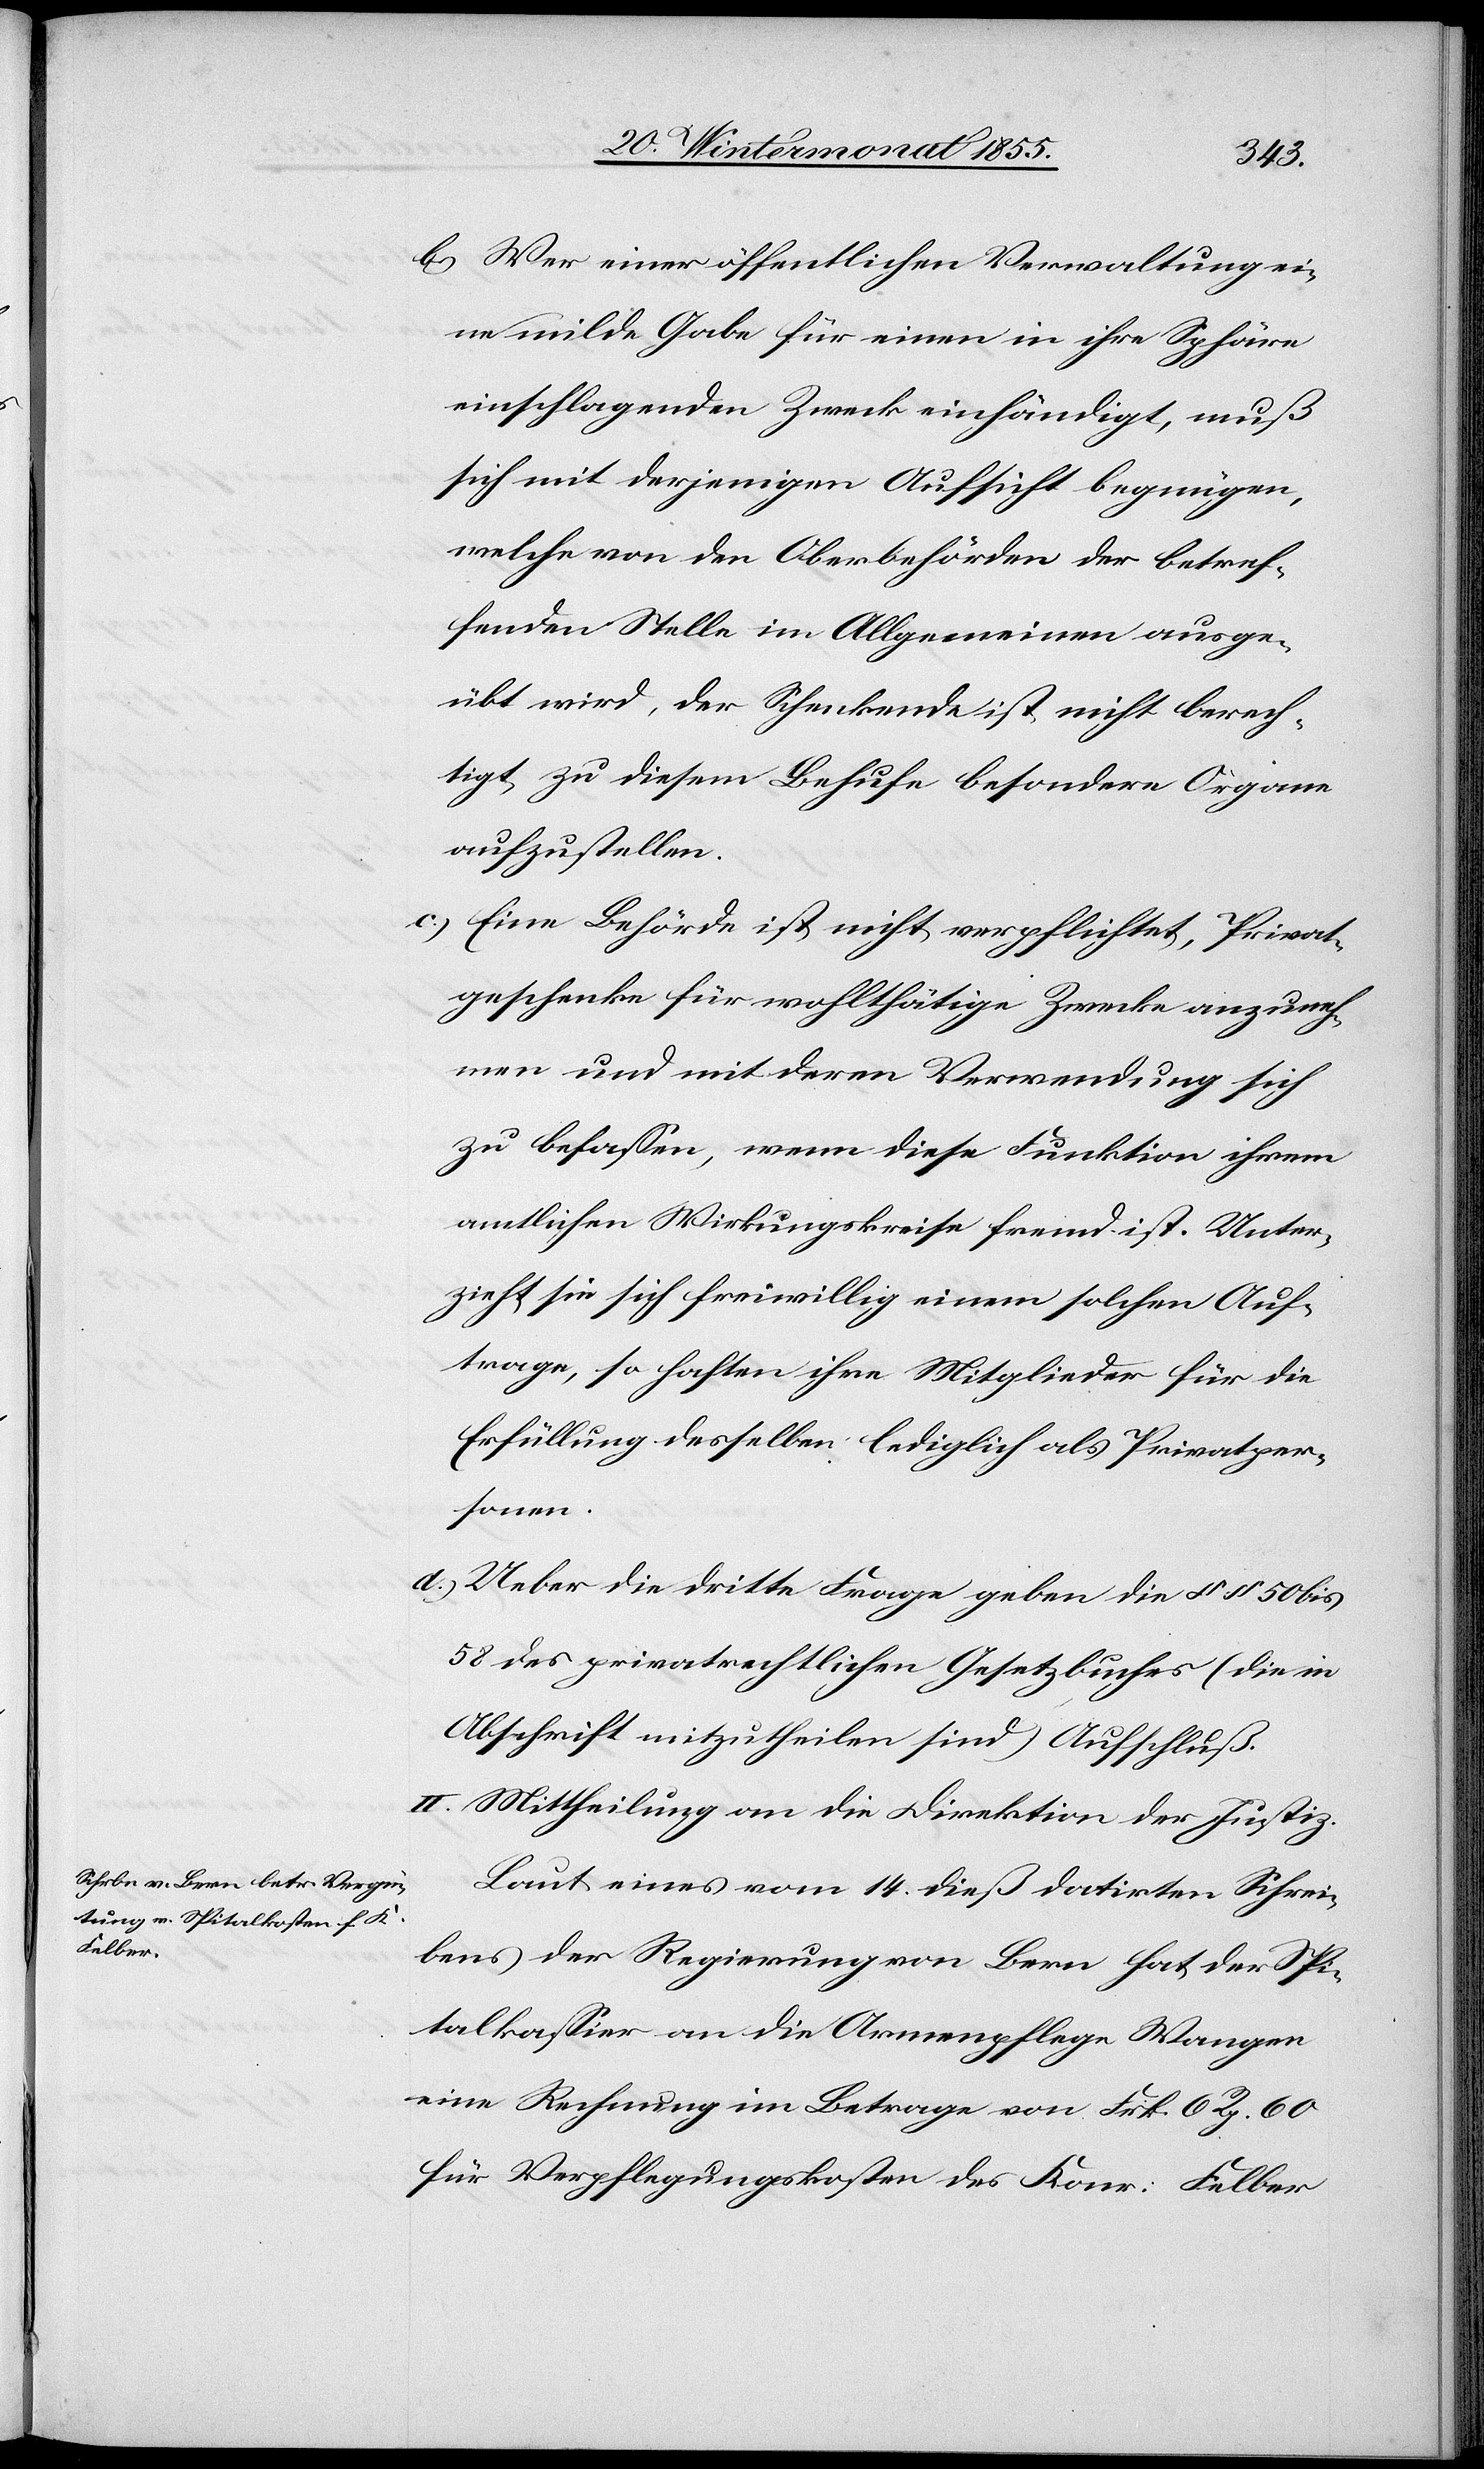
Wer einer öffentlichen Verwaltung ei¬
ne milde Gabe für einen in ihre Sphäre
einschlagenden Zweck einhändigt, muß
sich mit derjenigen Aufsicht begnügen,
welche von den Oberbehörden der betref¬
fenden Stelle im Allgemeinen ausge¬
übt wird, der Schenkende ist nicht berech¬
tigt, zu diesem Behufe besondere Organe
aufzustellen.
Eine Behörde ist nicht verpflichtet, Privat¬
geschenke für wohlthätige Zwecke anzuneh¬
men und mit deren Verwendung sich
zu befassen, wenn diese Funktion ihrem
amtlichen Wirkungskreise fremd ist. Unter¬
zieht sie sich freiwillig einem solchen Auf¬
trage, so haften ihre Mitglieder für die
Erfüllung desselben lediglich als Privatper¬
sonen.
Ueber die dritte Frage geben die §§ 50 bis
58 des privatrechtlichen Gesetzbuches (die in
Abschrift mitzutheilen sind) Aufschluß.
II. Mittheilung an die Direktion der Justiz.
Laut eines vom 14. dieß datirten Schrei¬
bens der Regierung von Bern hat der Spi¬
talkassier an die Armenpflege Wangen
eine Rechnung im Betrage von Frk. 6 Rp. 60
für Verpflegungskosten des Konr. Felber